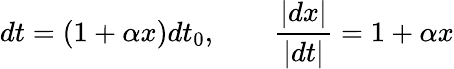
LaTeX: dt=(1+\alpha x)dt_{0},\qquad{\frac{|dx|}{|dt|}}=1+\alpha x